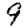
Digit: 9